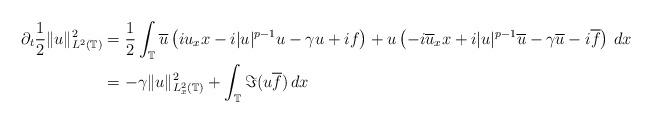
LaTeX: \begin{align*} \partial_t\frac{1}{2}\|u\|_{L^2(\mathbb{T})}^2 &= \frac{1}{2}\int_\mathbb{T}\overline{u}\left(iu_xx - i|u|^{p-1}u-\gamma u +if\right) + u\left(-i\overline{u}_xx+i|u|^{p-1}\overline{u}-\gamma \overline{u}-i\overline{f}\right)\,dx\\ &= -\gamma \|u\|_{L^2_x(\mathbb{T})}^2 + \int_\mathbb{T}\Im(u\overline{f})\,dx\end{align*}